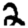
Digit: 2